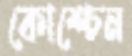
কোশ্চেন